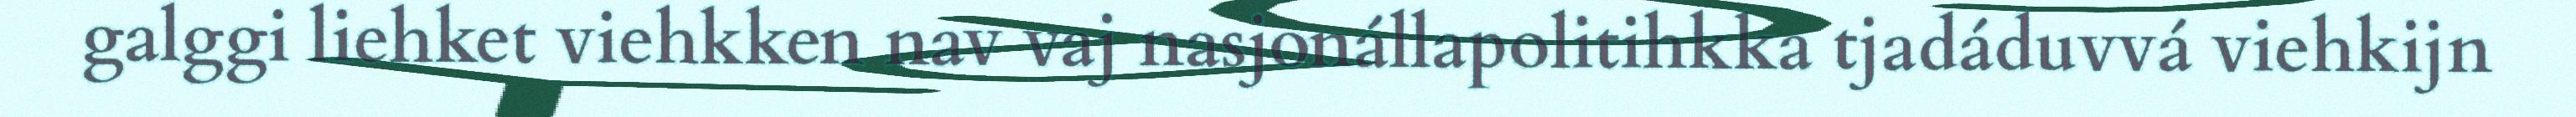
galggi liehket viehkken nav vaj nasjonállapolitihkka tjadáduvvá viehkijn